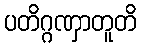
ပတိဂ္ဂဏှာတူတိ